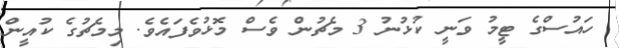
ހައުސްގެ ޓީމު ވަނީ ކުޅުނު 3 މެޗުން ވެސް މޮޅުވެފައެވެ. މިމެޗުގެ ކުއީން